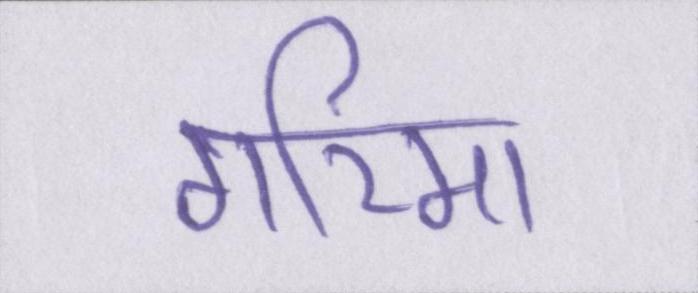
गरिमा